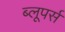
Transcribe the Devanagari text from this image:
ब्लूपर्स